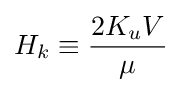
H_{k}\equiv {\frac {2K_{u}V}{\mu }}